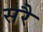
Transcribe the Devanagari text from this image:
सरै